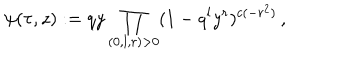
\psi ( \tau , z ) : = q y \prod _ { ( 0 , l , r ) > 0 } ( 1 - q ^ { l } y ^ { r } ) ^ { c ( - r ^ { 2 } ) } \, ,